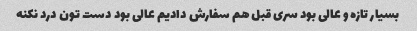
بسیار تازه و عالی بود سری قبل هم سفارش دادیم عالی بود دست تون درد نکنه